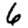
Digit: 6